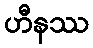
ဟီနဿ